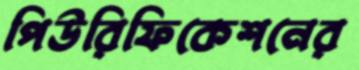
পিউরিফিকেশনের